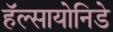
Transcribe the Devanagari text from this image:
हॅल्सायोनिडे